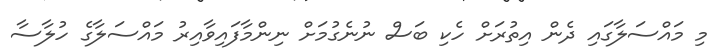
މި މައްސަލާގައި ދެން އިތުރަށް ހެކި ބަސް ނުނެގުމަށް ނިންމާފައިވާއިރު މައްސަލާގެ ހުލާސާ